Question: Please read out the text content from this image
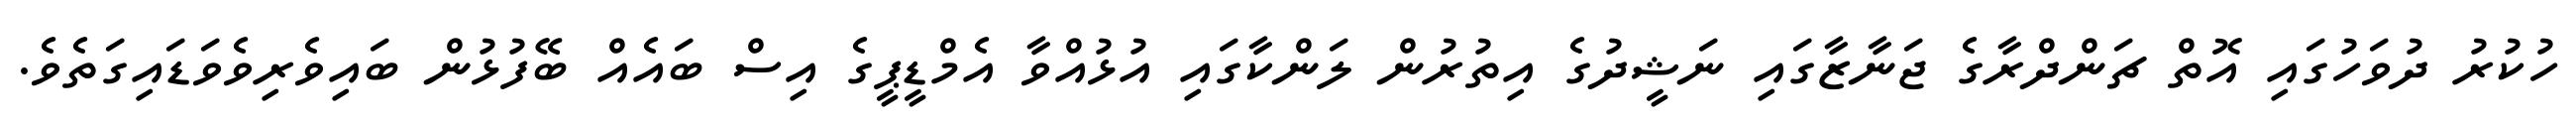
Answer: ހުކުރު ދުވަހުގައި އޮތް ޗަންދްރާގެ ޖަނާޒާގައި ނަޝީދުގެ އިތުރުން ލަންކާގައި އުޅުއްވާ އެމްޑީޕީގެ އިސް ބައެއް ބޭފުޅުން ބައިވެރިވެވަޑައިގަތެވެ.